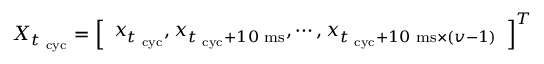
\boldsymbol X _ { t _ { \mathrm { \scriptsize ~ c y c } } } = \left[ \begin{array} { l } { \boldsymbol x _ { t _ { \mathrm { \scriptsize ~ c y c } } } , \boldsymbol x _ { t _ { \mathrm { \scriptsize ~ c y c } } + 1 0 \mathrm { \scriptsize ~ m s } } , \cdots , \boldsymbol x _ { t _ { \mathrm { \scriptsize ~ c y c } } + 1 0 \mathrm { \scriptsize ~ m s } \times ( \boldsymbol v - 1 ) } } \end{array} \right] ^ { T }